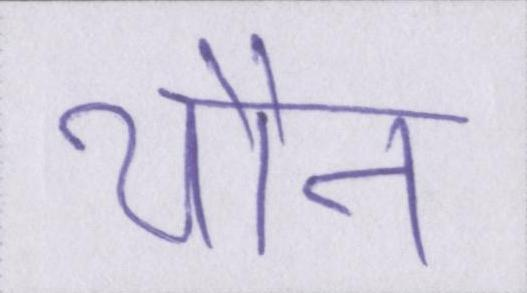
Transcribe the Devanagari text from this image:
यौन